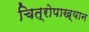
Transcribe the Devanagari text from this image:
चित्रोपाख्यान